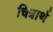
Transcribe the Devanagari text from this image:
चित्रार्थ